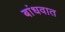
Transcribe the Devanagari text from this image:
बांधवात